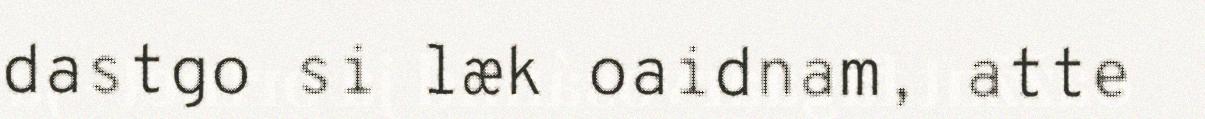
dastgo si læk oaidnam, atte